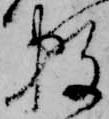
数